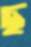
ছ